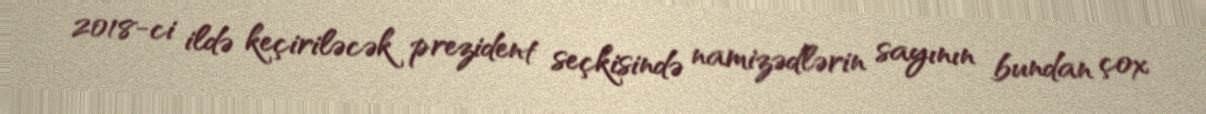
2018-ci ildə keçiriləcək prezident seçkisində namizədlərin sayının bundan çox